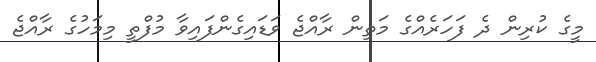
މީގެ ކުރިން ދެ ފަހަރެއްގެ މަތިން ރާއްޖެ ވަޑައިގެންފައިވާ މުފްތީ މިމަހުގެ ރާއްޖެ